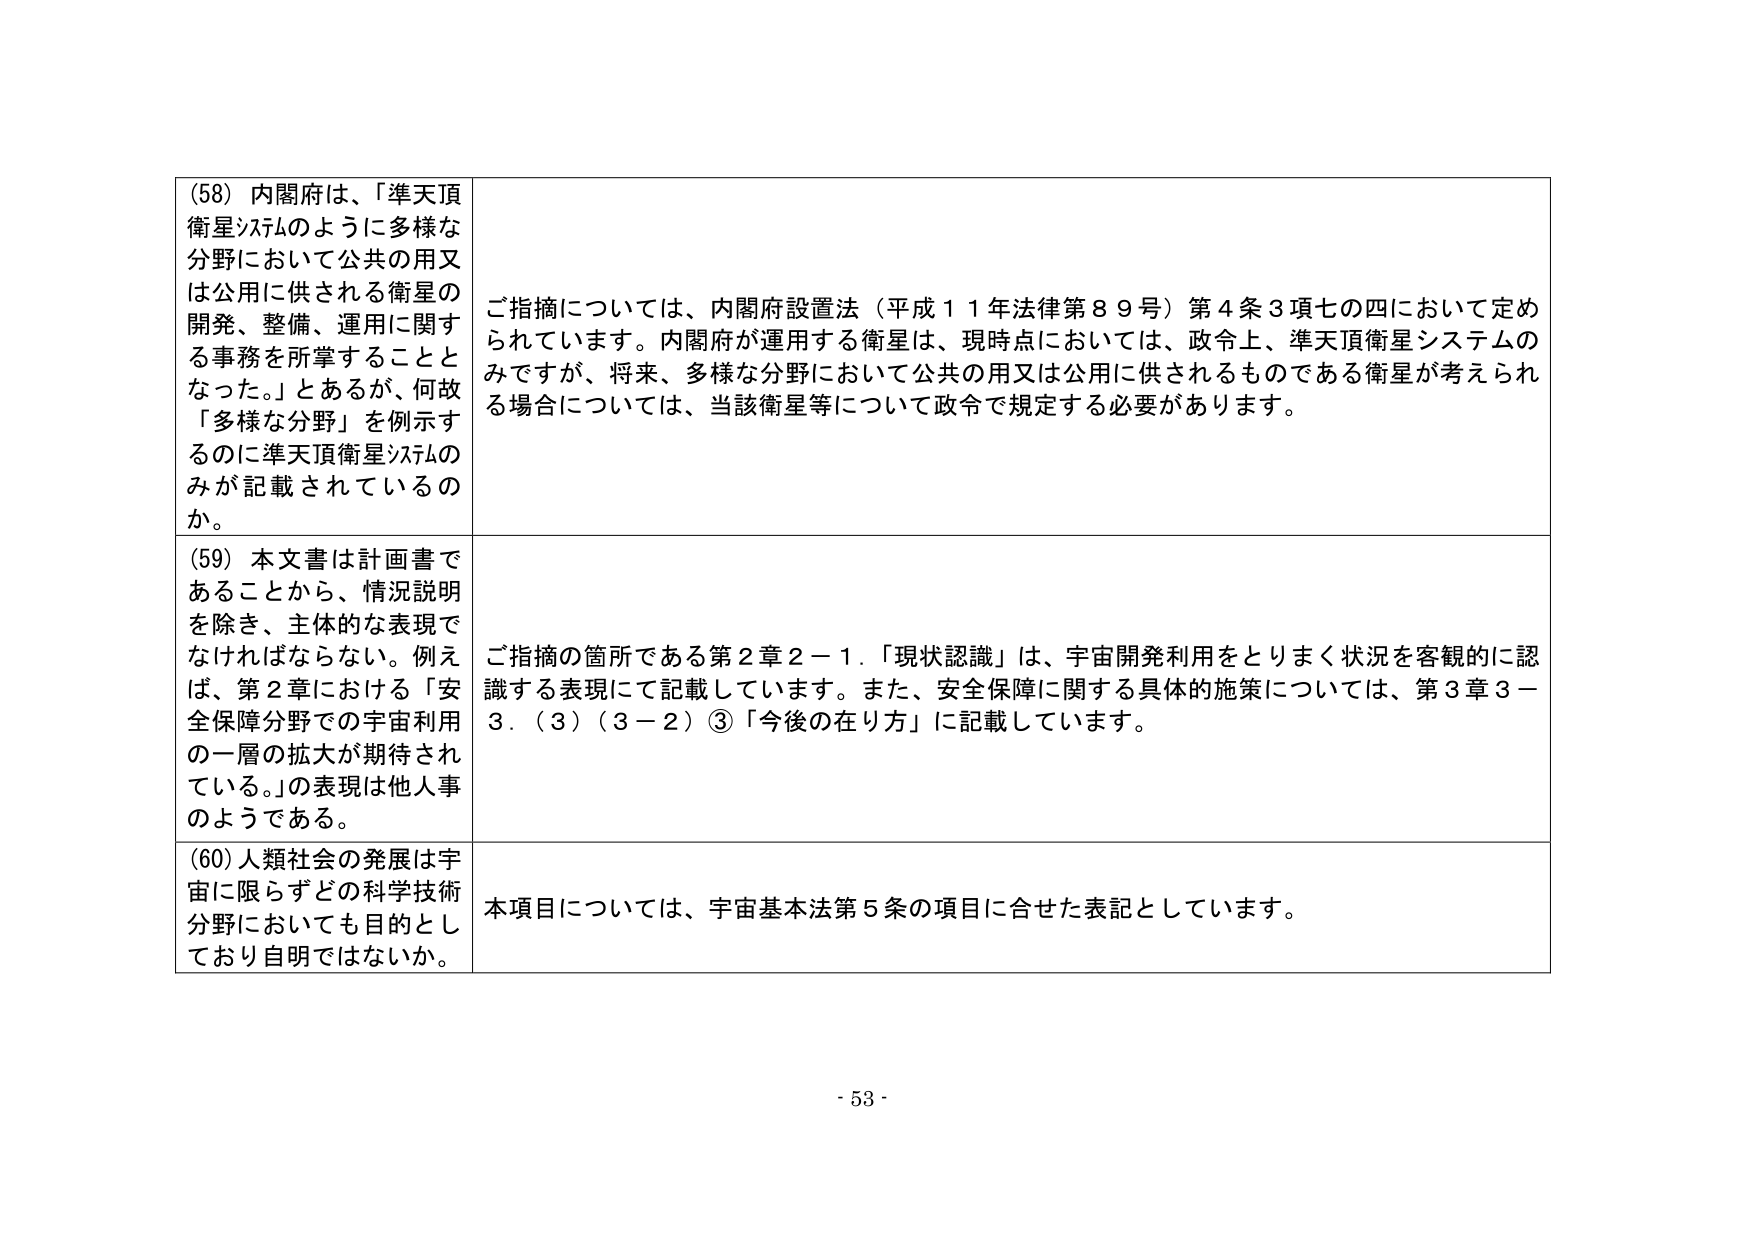
(58) 内閣府は、「準天頂衛星システムのように多様な分野において公共の用又は公用に供される衛星の開発、整備、運用に関する事務を所掌することとなった。」とあるが、何故「多様な分野」を例示するのに準天頂衛星システムのみが記載されているのか。

ご指摘については、内閣府設置法（平成１１年法律第８９号）第４条３項七の四において定められています。内閣府が運用する衛星は、現時点においては、政令上、準天頂衛星システムのみですが、将来、多様な分野において公共の用又は公用に供されるものである衛星が考えられる場合については、当該衛星等について政令で規定する必要があります。

(59) 本文書は計画書であることから、情況説明を除き、主体的な表現でなければならない。例えば、第２章における「安全保障分野での宇宙利用の一層の拡大が期待されている。」の表現は他人事のようである。

ご指摘の箇所である第２章２－１．「現状認識」は、宇宙開発利用をとりまく状況を客観的に認識する表現にて記載しています。また、安全保障に関する具体的施策については、第３章３－３．（３）（３－２）③「今後の在り方」に記載しています。

(60) 人類社会の発展は宇宙に限らずどの科学技術分野においても目的としており自明ではないか。

本項目については、宇宙基本法第５条の項目に合せた表記としています。

- 53 -